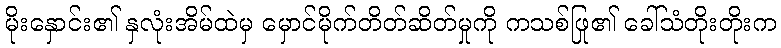
မိုးနှောင်း၏ နှလုံးအိမ်ထဲမှ မှောင်မိုက်တိတ်ဆိတ်မှုကို ကသစ်ဖြု၏ ခေါ်သံတိုးတိုးက